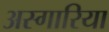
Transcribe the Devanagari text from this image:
अस्गारिया